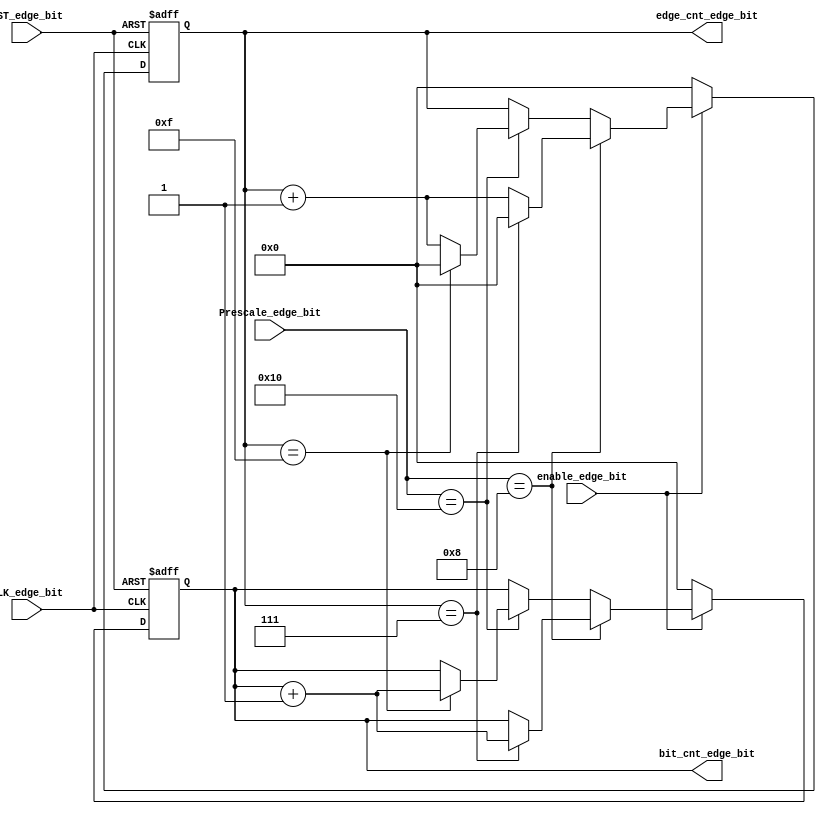
module EDGE_BIT_COUNT_URT_RX (
  input      wire        CLK_edge_bit,
  input      wire        RST_edge_bit,
  input      wire [4:0]  Prescale_edge_bit,
  input      wire        enable_edge_bit,

  output     reg  [3:0]  bit_cnt_edge_bit,
  output     reg  [3:0]  edge_cnt_edge_bit    
);

always @(posedge CLK_edge_bit or negedge RST_edge_bit )
 begin
   if(!RST_edge_bit)
       begin 
          bit_cnt_edge_bit<='b0;
          edge_cnt_edge_bit<='b0;
        end
   else if(enable_edge_bit)
         begin

    if(Prescale_edge_bit=='d8)       // Prescale 8
            begin
          if((edge_cnt_edge_bit==4'b111))
             begin
          bit_cnt_edge_bit<=bit_cnt_edge_bit+1;
          edge_cnt_edge_bit<='b0;
             end
          else
             begin
          bit_cnt_edge_bit<=bit_cnt_edge_bit;
          edge_cnt_edge_bit<=edge_cnt_edge_bit+1; 
             end   
            end

     else if(Prescale_edge_bit=='d16)     //prescale 16
            begin
              if((edge_cnt_edge_bit==4'b1111))
                begin
                   bit_cnt_edge_bit<=bit_cnt_edge_bit+1;
                   edge_cnt_edge_bit<='b0;
                 end
              else
                  begin
                   bit_cnt_edge_bit<=bit_cnt_edge_bit;
                   edge_cnt_edge_bit<=edge_cnt_edge_bit+1; 
                  end    
            end
          end  
    
    else
          begin
          bit_cnt_edge_bit<='b0;
          edge_cnt_edge_bit<='b0;
          end  

        
end
endmodule